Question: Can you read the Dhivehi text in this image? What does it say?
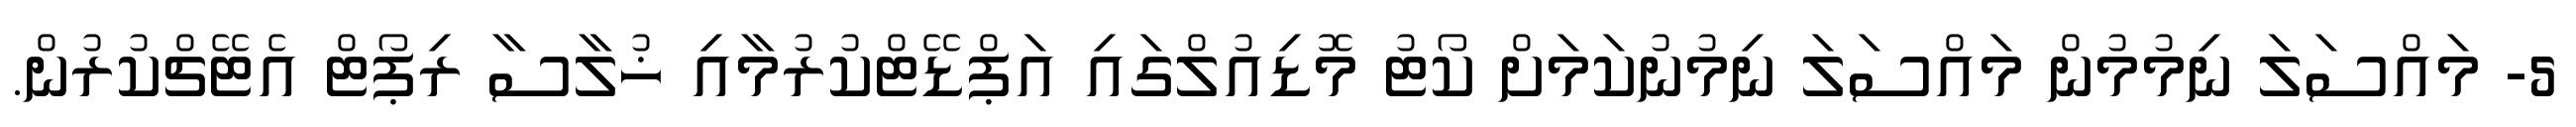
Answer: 5- މައްސަލަ ނިމުމުން މައްސަލަ ނިމުނުކަމަށް ކޯޓު މޮޑިއުލްގައި އަޕްޑޭޓްކުރުމާއި ޚުލާސާ ރިޕޯޓް އެޓޭޗްކުރުން.